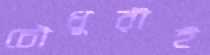
চৌধুরীই